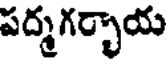
పద్మగర్భాయ